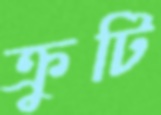
ক্রুটি